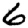
Digit: 6